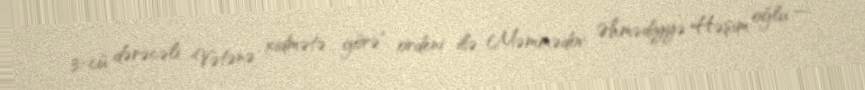
3-cü dərəcəli "Vətənə xidmətə görə" ordeni ilə Məmmədov Əhmədiyyə Həşim oğlu —